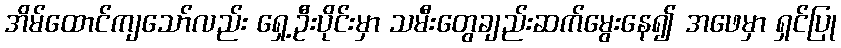
အိမ်ထောင်ကျသော်လည်း ရှေ့ဦးပိုင်းမှာ သမီးတွေချည်းဆက်မွေးနေ၍ အဖေမှာ ရှင်ပြု